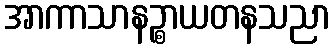
အာကာသာနဉ္စာယတနသညာ